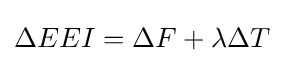
\Delta EEI=\Delta F+\lambda \Delta T